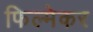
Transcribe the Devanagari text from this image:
फिल्मेकर